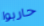
حاربوا